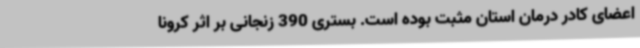
اعضای کادر درمان استان مثبت بوده است. بستری 390 زنجانی بر اثر کرونا